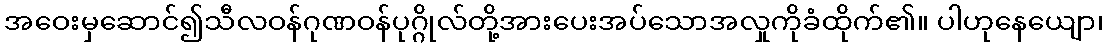
အဝေးမှဆောင်၍သီလဝန်ဂုဏဝန်ပုဂ္ဂိုလ်တို့အားပေးအပ်သောအလှုကိုခံထိုက်၏။ ပါဟုနေယျော၊